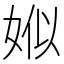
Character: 娰